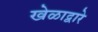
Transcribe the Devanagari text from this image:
खेळाद्वारे